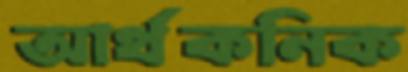
আর্থকনিক